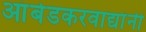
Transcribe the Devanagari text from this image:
आंबेडकरवाद्यांनी